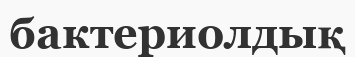
бактериолдық